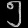
Digit: ၅